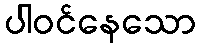
ပါဝင်နေသော